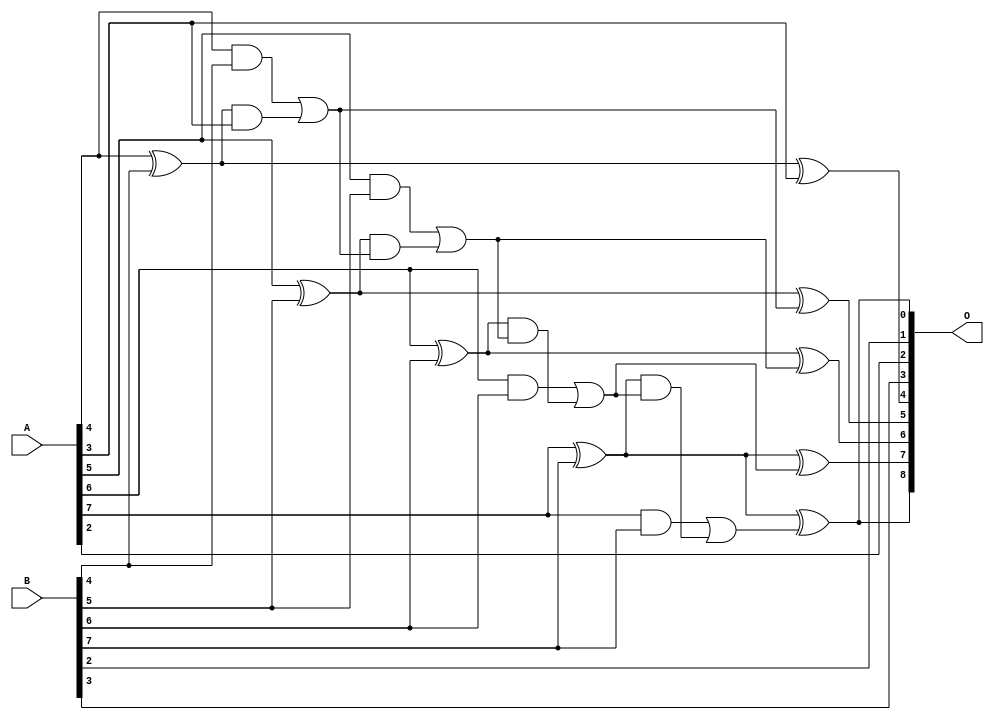
// This program was cloned from: https://github.com/ehw-fit/evoapproxlib
// License: MIT License

/***
* This code is a part of EvoApproxLib library (ehw.fit.vutbr.cz/approxlib) distributed under The MIT License.
* When used, please cite the following article(s): V. Mrazek, L. Sekanina, Z. Vasicek "Libraries of Approximate Circuits: Automated Design and Application in CNN Accelerators" IEEE Journal on Emerging and Selected Topics in Circuits and Systems, Vol 10, No 4, 2020 
* This file contains a circuit from a sub-set of pareto optimal circuits with respect to the pwr and mae parameters
***/
// MAE% = 1.56 %
// MAE = 4.0 
// WCE% = 3.52 %
// WCE = 9.0 
// WCRE% = 700.00 %
// EP% = 96.78 %
// MRE% = 15.45 %
// MSE = 20 
// PDK45_PWR = 0.019 mW
// PDK45_AREA = 39.9 um2
// PDK45_DELAY = 0.35 ns

module add8se_91D (
    A,
    B,
    O
);

input [7:0] A;
input [7:0] B;
output [8:0] O;

wire sig_33,sig_34,sig_35,sig_36,sig_37,sig_38,sig_39,sig_40,sig_41,sig_42,sig_43,sig_44,sig_45,sig_46,sig_47,sig_48,sig_49,sig_50,sig_51,sig_52;
wire sig_53,sig_54;

assign sig_33 = A[4] ^ B[4];
assign sig_34 = A[4] & B[4];
assign sig_35 = sig_33 & A[3];
assign sig_36 = sig_33 ^ A[3];
assign sig_37 = sig_34 | sig_35;
assign sig_38 = A[5] ^ B[5];
assign sig_39 = A[5] & B[5];
assign sig_40 = sig_38 & sig_37;
assign sig_41 = sig_38 ^ sig_37;
assign sig_42 = sig_39 | sig_40;
assign sig_43 = A[6] ^ B[6];
assign sig_44 = A[6] & B[6];
assign sig_45 = sig_43 & sig_42;
assign sig_46 = sig_43 ^ sig_42;
assign sig_47 = sig_44 | sig_45;
assign sig_48 = A[7] ^ B[7];
assign sig_49 = A[7] & B[7];
assign sig_50 = sig_48 & sig_47;
assign sig_51 = sig_48 ^ sig_47;
assign sig_52 = sig_49 | sig_50;
assign sig_53 = A[7] ^ B[7];
assign sig_54 = sig_53 ^ sig_52;

assign O[8] = sig_54;
assign O[7] = sig_51;
assign O[6] = sig_46;
assign O[5] = sig_41;
assign O[4] = sig_36;
assign O[3] = B[3];
assign O[2] = A[2];
assign O[1] = B[2];
assign O[0] = sig_54;

endmodule